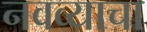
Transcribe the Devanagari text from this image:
नवव्याचा